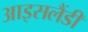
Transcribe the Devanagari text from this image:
आइसलैंडी